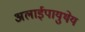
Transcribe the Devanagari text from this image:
अलाईपायुथेय